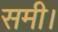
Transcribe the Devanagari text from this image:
समी।